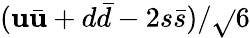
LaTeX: (\mathbf{u}\bar{{\mathbf{u}}}+d\bar{{d}}-2s\bar{{s}})/\sqrt{}{{6}}